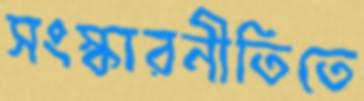
সংস্কারনীতিতে